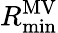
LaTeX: R_{\operatorname*{min}}^{\mathrm{MV}}